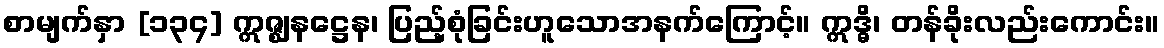
စာမျက်နှာ [၁၃၄] ဣဇ္ဈနဋ္ဌေန၊ ပြည့်စုံခြင်းဟူသောအနက်ကြောင့်။ ဣဒ္ဓိ၊ တန်ခိုးလည်းကောင်း။